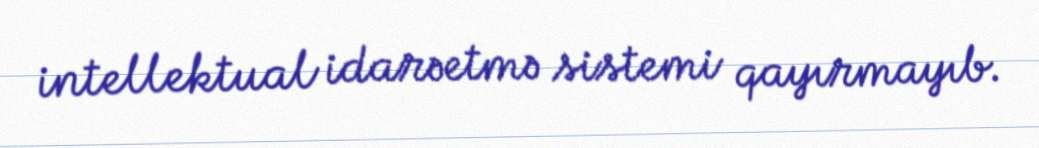
intellektual idarəetmə sistemi qayırmayıb.